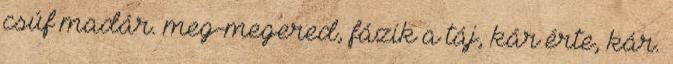
csúf madár. meg-megered, fázik a táj, kár érte, kár.